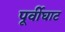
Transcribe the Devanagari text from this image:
पूर्वीघाट